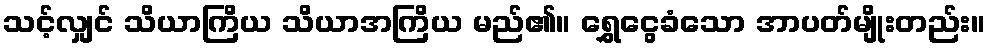
သင့်လျှင် သိယာကြိယ သိယာအကြိယ မည်၏။ ရွှေငွေခံသော အာပတ်မျိုးတည်း။